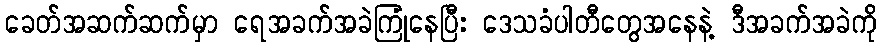
ခေတ်အဆက်ဆက်မှာ ရေအခက်အခဲကြုံနေပြီး ဒေသခံပါတီတွေအနေနဲ့ ဒီအခက်အခဲကို